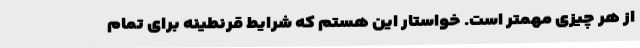
از هر چیزی مهمتر است. خواستار این هستم که شرایط قرنطینه برای تمام